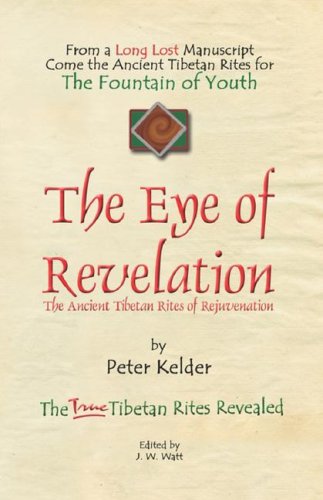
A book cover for THE EYE OF REVELATION: The Ancient Tibetan Rites of Rejuvenation; Peter Kelder; Health, Fitness & Dieting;